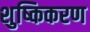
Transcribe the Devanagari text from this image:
शुष्किकरण